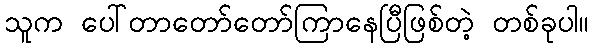
သူက ပေါ်တာတော်တော်ကြာနေပြီဖြစ်တဲ့ တစ်ခုပါ။